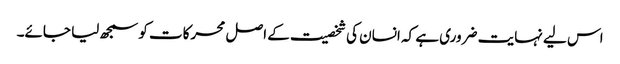
اس لیے نہایت ضروری ہے کہ انسان کی شخصیت کے اصل محرکات کو سمجھ لیا جائے۔